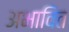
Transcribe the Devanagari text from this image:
अभावित